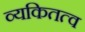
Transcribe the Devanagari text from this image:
व्यकितत्व